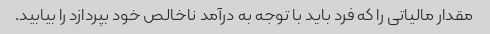
مقدار مالیاتی را که فرد باید با توجه به درآمد ناخالص خود بپردازد را بیابید.